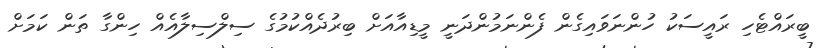
ބީރައްޓެހި ރައީސަކު ހުންނަވައިގެން ފެންނަމުންދަނީ މީޑިއާއަށް ބިރުދެއްކުމުގެ ސިލްސިލާއެއް ހިންގާ ތަން ކަމަށް